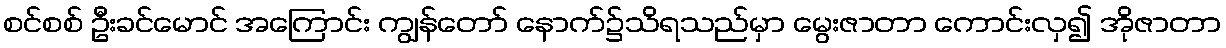
စင်စစ် ဦးခင်မောင် အကြောင်း ကျွန်တော် နောက်၌သိရသည်မှာ မွေးဇာတာ ကောင်းလှ၍ အိုဇာတာ